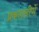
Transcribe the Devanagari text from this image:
प्रकाशदीपों